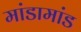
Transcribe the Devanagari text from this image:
मांडामांड